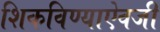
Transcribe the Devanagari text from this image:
शिकविण्याऐवजी